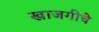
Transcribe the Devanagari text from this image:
खाजगीचे